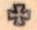
+